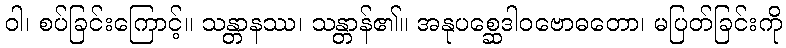
ဝါ၊ စပ်ခြင်းကြောင့်။ သန္တာနဿ၊ သန္တာန်၏။ အနုပစ္ဆေဒါဝဗောဓတော၊ မပြတ်ခြင်းကို